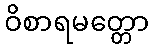
ဝိစာရမတ္တော